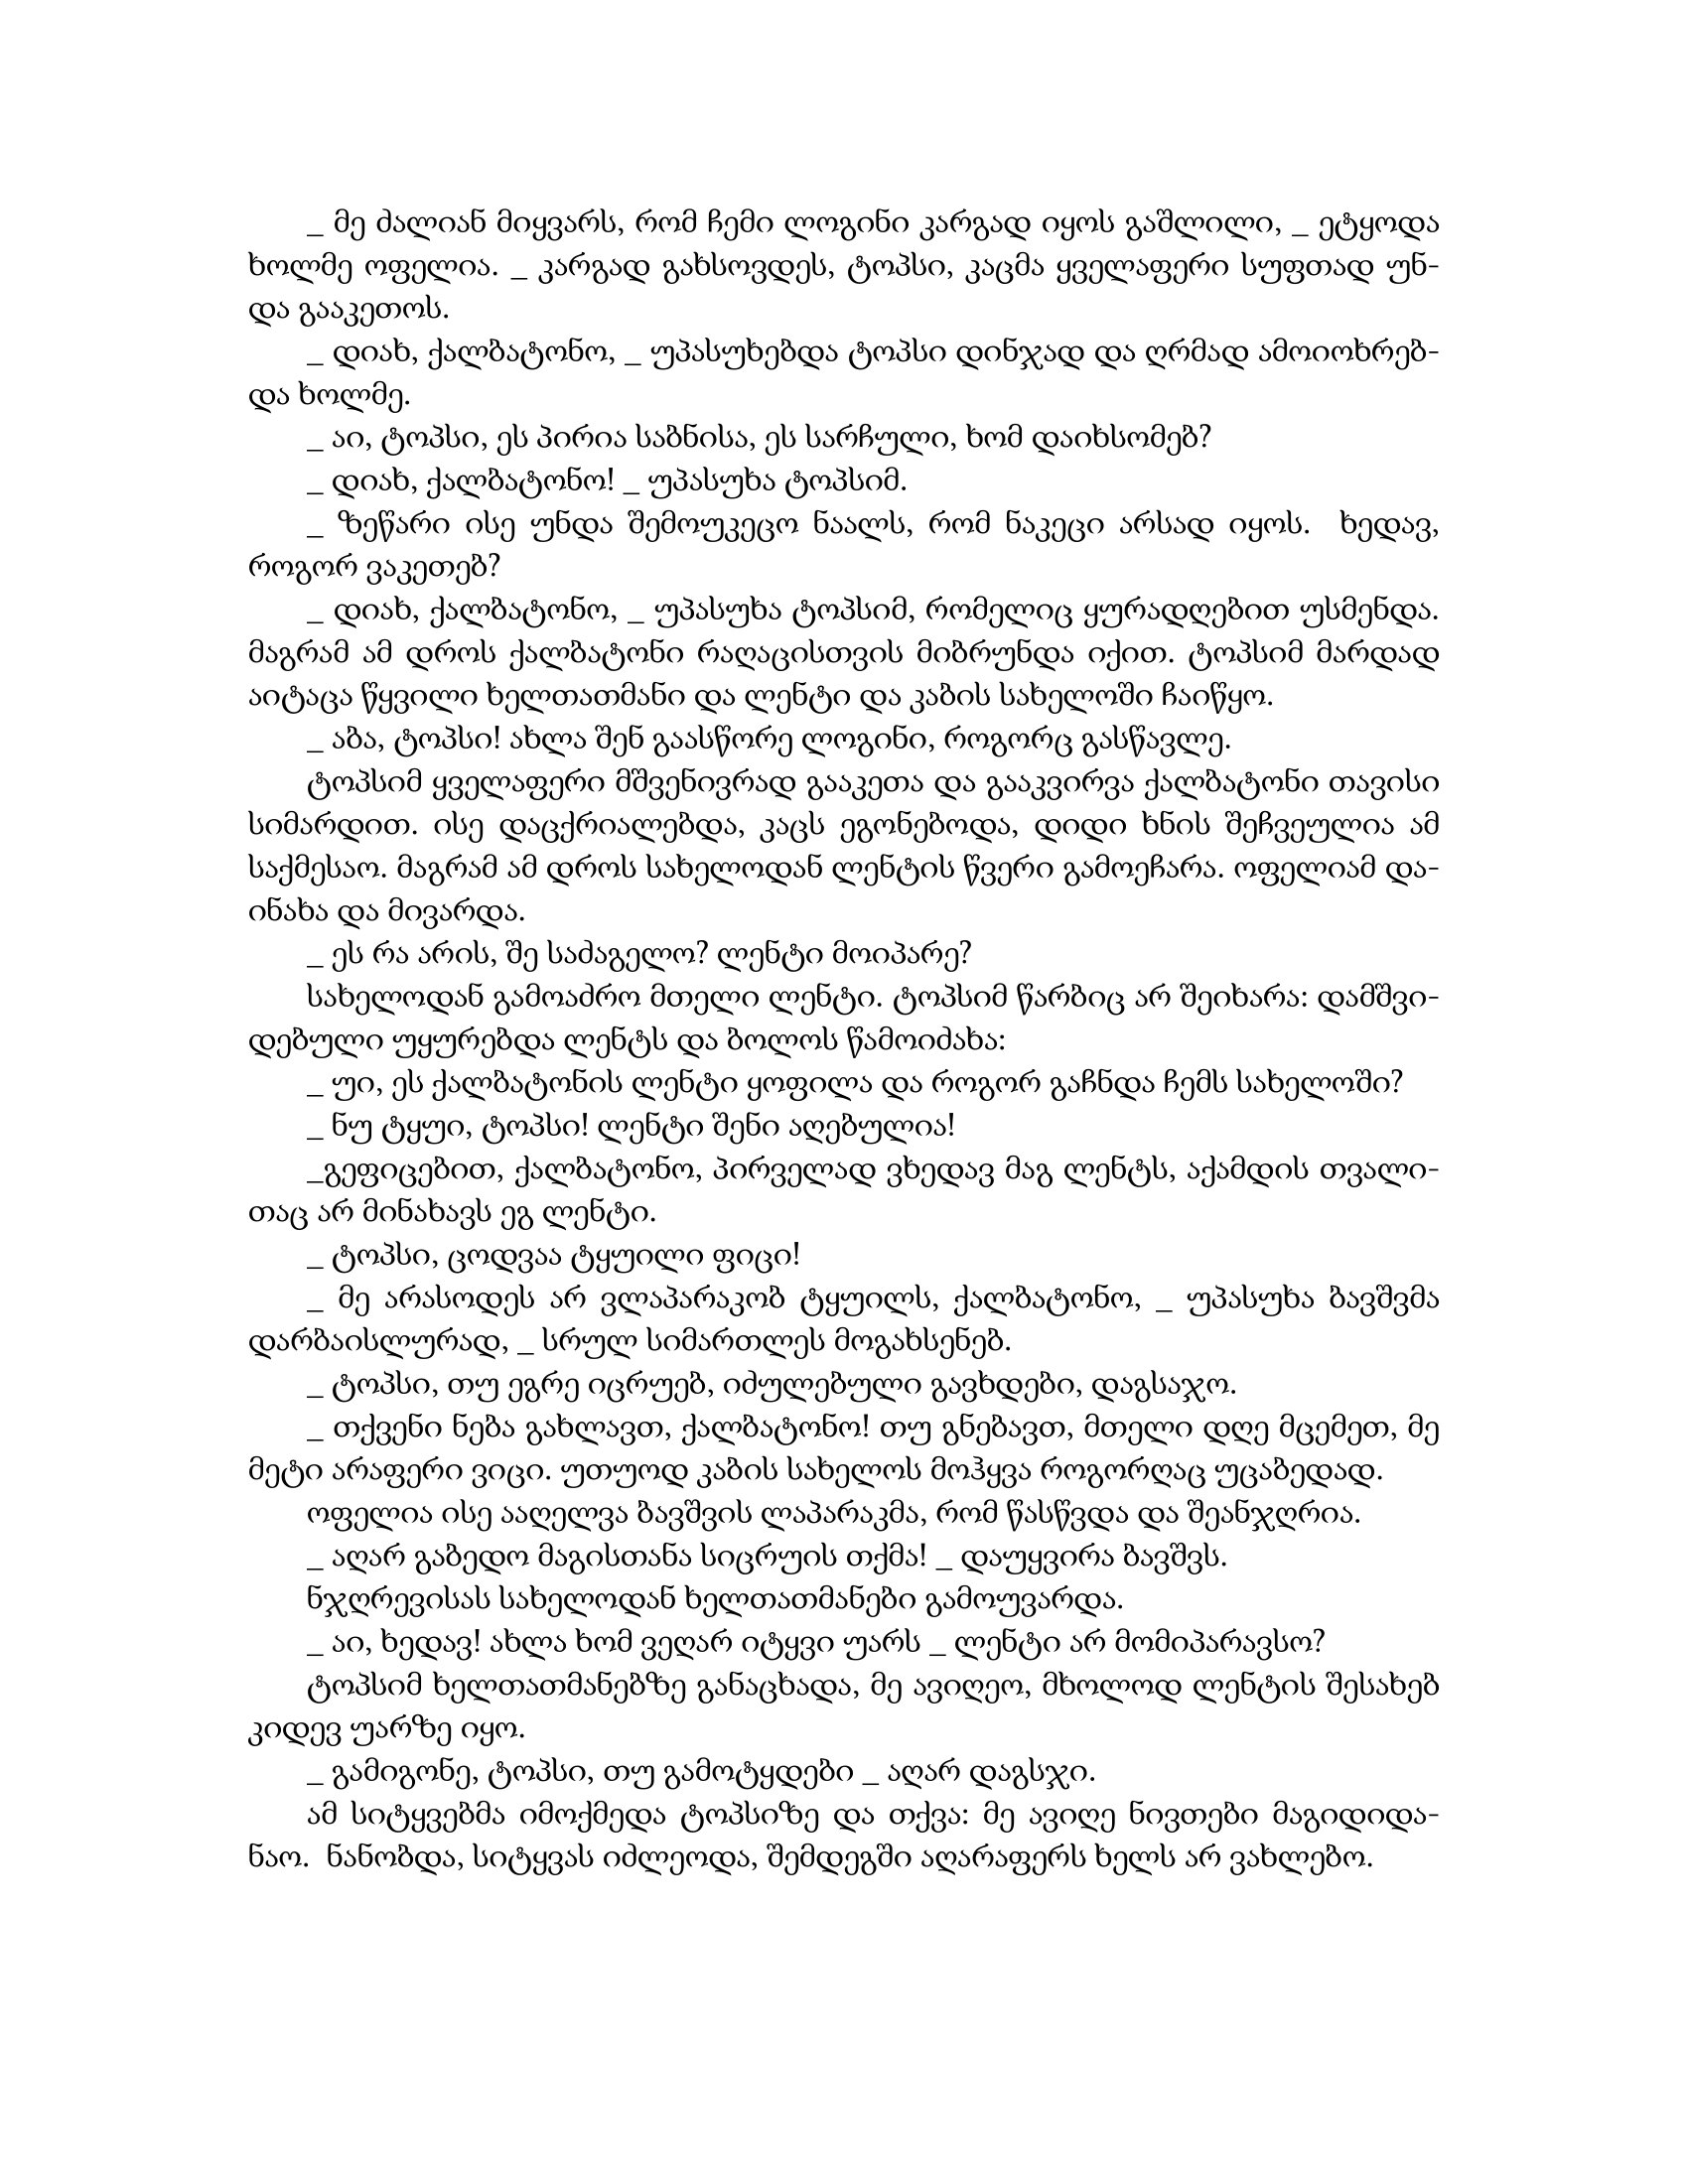
Language: gr